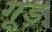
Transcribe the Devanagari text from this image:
गूड़